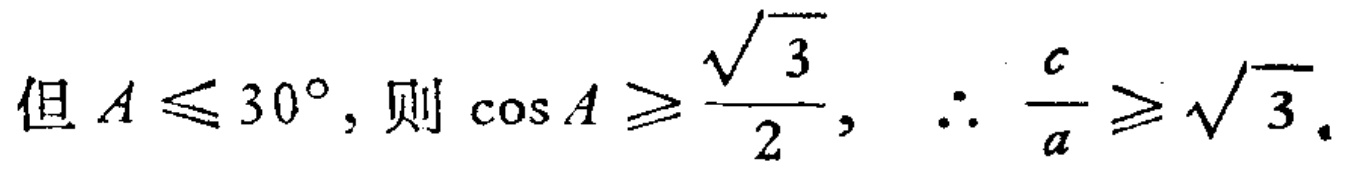
但 \(A\leqslant 30^{\circ}\)，则 \(\cos A\geqslant \frac{\sqrt{3}}{2}\)，\(\therefore \frac{c}{a}\geqslant \sqrt{3}\)。